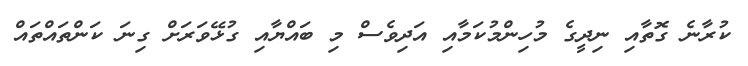
ކުރާނެ ގޮތާއި ނިދީގެ މުހިންމުކަމާއި އަދިވެސް މި ބައްޔާއި ގުޅޭވަރަށް ގިނަ ކަންތައްތައް